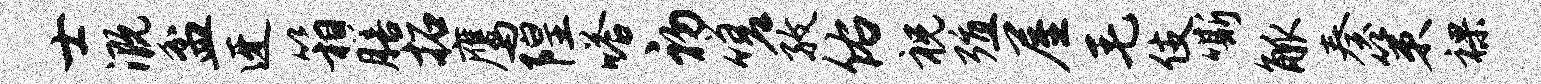
士溉盆迓箱膳拓鹰隍嗒初嗟孜佑祝殖屋毛伎嘶觚奏策裸